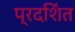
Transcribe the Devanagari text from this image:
प्रदशि॔त